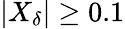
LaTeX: \left|X_{\delta}\right|\geq 0.1